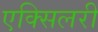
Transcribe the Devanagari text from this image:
एक्सिलरी